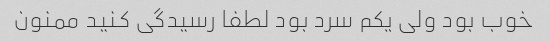
خوب بود ولی یکم سرد بود لطفا رسیدگی کنید ممنون